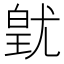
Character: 𭽚